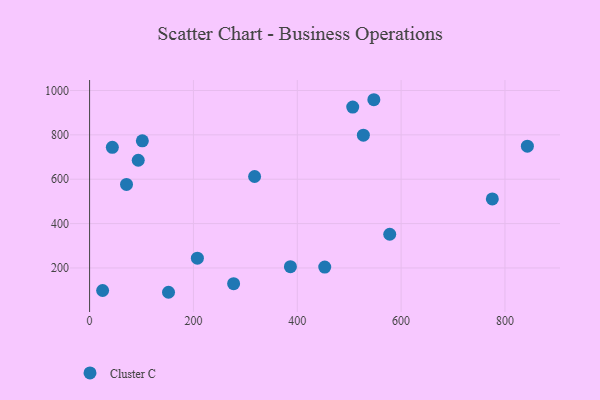
{"axis": {"x": "Engine Size", "y": "Fuel Efficiency"}, "legend": ["Cluster C"], "data": [{"x": "71.1", "y": 576.7, "type": "Cluster C"}, {"x": "25.1", "y": 98.4, "type": "Cluster C"}, {"x": "43.8", "y": 743.7, "type": "Cluster C"}, {"x": "775.7", "y": 511.0, "type": "Cluster C"}, {"x": "93.7", "y": 685.5, "type": "Cluster C"}, {"x": "317.8", "y": 612.3, "type": "Cluster C"}, {"x": "843.2", "y": 749.1, "type": "Cluster C"}, {"x": "506.8", "y": 925.3, "type": "Cluster C"}, {"x": "207.6", "y": 243.9, "type": "Cluster C"}, {"x": "152.0", "y": 90.3, "type": "Cluster C"}, {"x": "527.3", "y": 798.7, "type": "Cluster C"}, {"x": "101.6", "y": 773.2, "type": "Cluster C"}, {"x": "386.8", "y": 205.8, "type": "Cluster C"}, {"x": "277.4", "y": 129.0, "type": "Cluster C"}, {"x": "452.9", "y": 203.7, "type": "Cluster C"}, {"x": "547.5", "y": 958.4, "type": "Cluster C"}, {"x": "578.1", "y": 351.8, "type": "Cluster C"}]}